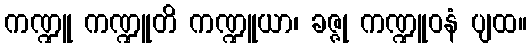
ကဏ္ဍူ ကဏ္ဍူတိ ကဏ္ဍူယာ၊ ခဇ္ဇု ကဏ္ဍူဝနံ ပျထ။